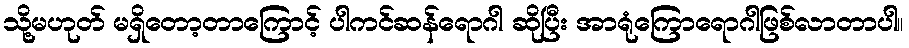
သို့မဟုတ် မရှိတော့တာကြောင့် ပါကင်ဆန်ရောဂါ ဆိုပြီး အာရုံကြောရောဂါဖြစ်လာတာပါ။